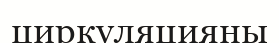
циркуляцияны